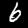
Digit: 6